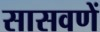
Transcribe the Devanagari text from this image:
सासवणें